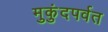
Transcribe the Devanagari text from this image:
मुकुंदपर्वत